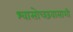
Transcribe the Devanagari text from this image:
श्वासोच्छवासाशी